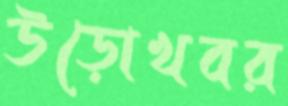
উড়োখবর